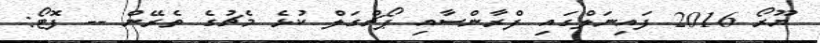
ޔޫރޯ 2016 ފައިނަލްގައި ފްރާންސާއި ޕޯޗްގަލް ކުޅެ މެޗުގެ ތެރޭން -- ފޮޓޯ: